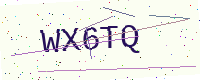
Text: WX6TQ